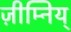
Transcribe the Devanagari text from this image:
ज़ीम्निय्